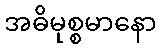
အဓိမုစ္စမာနော